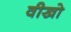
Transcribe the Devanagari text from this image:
वीखो